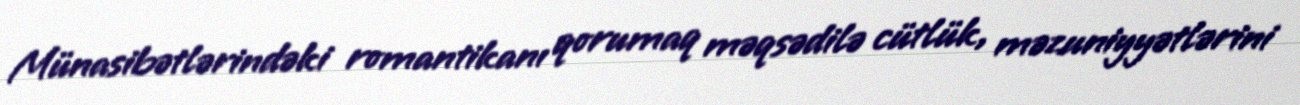
Münasibətlərindəki romantikanı qorumaq məqsədilə cütlük, məzuniyyətlərini